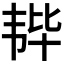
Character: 𫖒